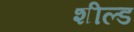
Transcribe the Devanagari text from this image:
शील्‍ड